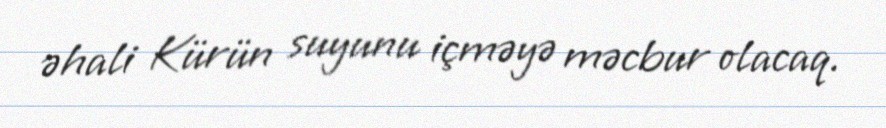
əhali Kürün suyunu içməyə məcbur olacaq.